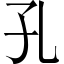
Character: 孔